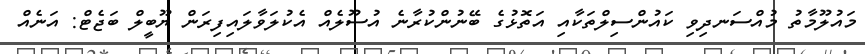
މައުލޫމާތު މުއްސަނދިވި ކައުންސިލްތަކާއި އަތޮޅުގެ ބޭނުންކުރާނެ އުސޫލެއް އެކުލަވާލައިފިރަން ޔޫބީލް ބަޖެޓް: އަނެއް